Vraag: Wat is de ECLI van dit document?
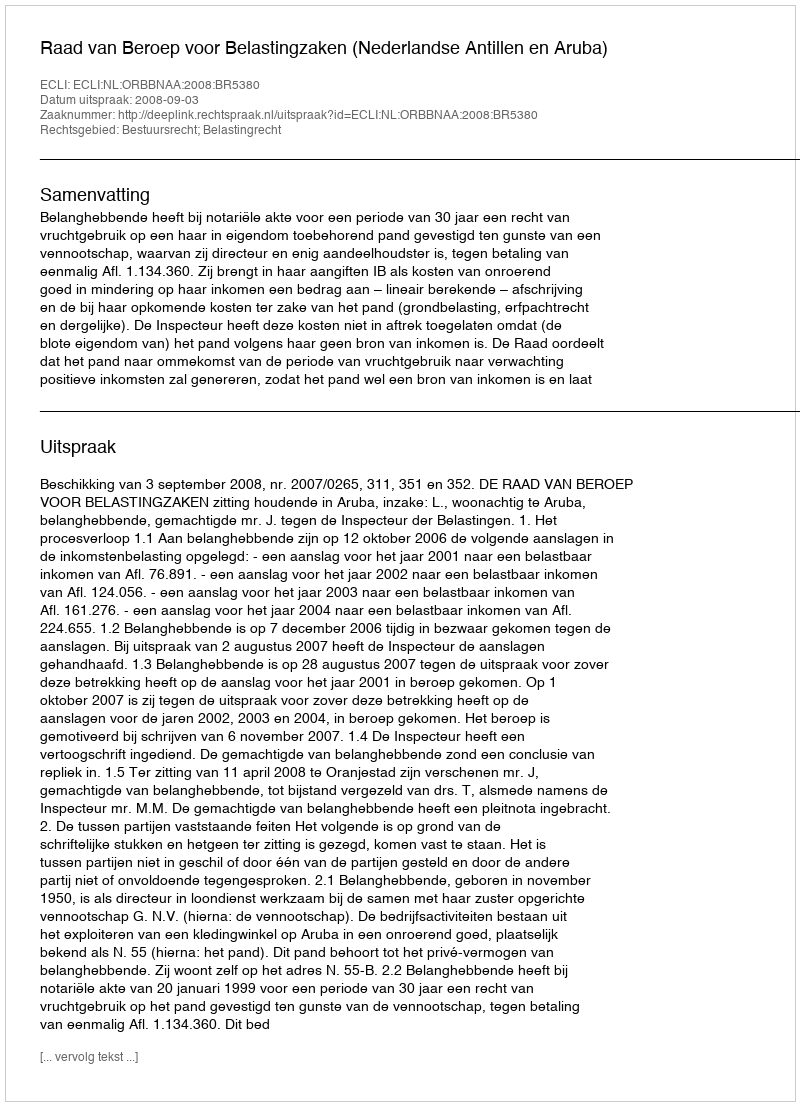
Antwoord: ECLI:NL:ORBBNAA:2008:BR5380